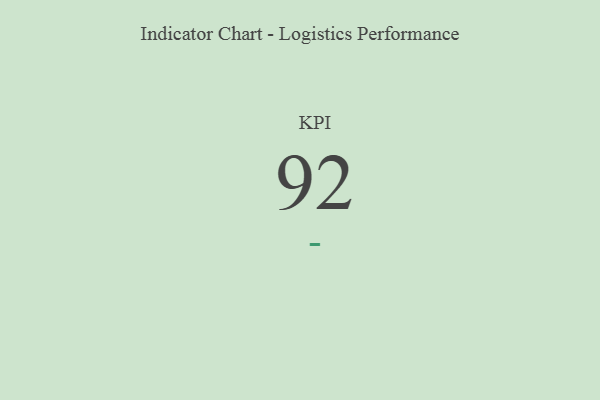
{"axis": {"x": "KPI", "y": "Value"}, "legend": [""], "data": [{"x": "KPI", "y": 92, "type": ""}]}